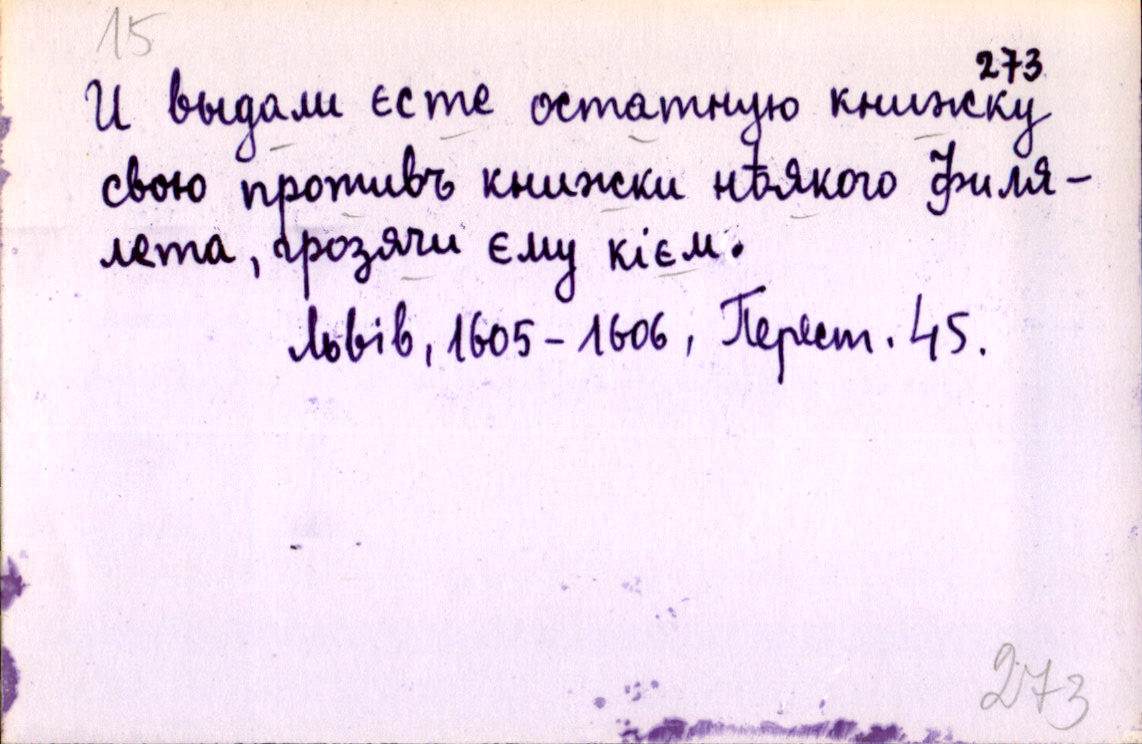
И выдали єсте остатную книжку
свою противъ книжки нѣякого Филя-
лета, грозячи єму кієм.
Львів, 1605-1606, Перест. 45.